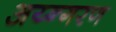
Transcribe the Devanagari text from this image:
अय्न्गरण